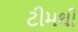
ટીમથી